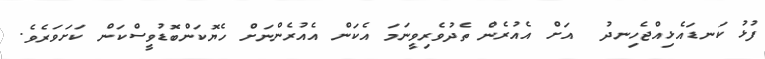
ފުޅު ކަނޑައެޅިއްޖެހިނދު  އަށް އެއުރެން ތެދުވެރިވީނަމަ އެކަން އެއުރެންނަށް ހެޔޮކަންބޮޑުވީސްކަން ކަށަވަރެވެ.